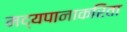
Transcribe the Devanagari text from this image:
मद्यपानाकरिता